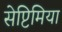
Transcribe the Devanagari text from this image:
सेप्टिमिया